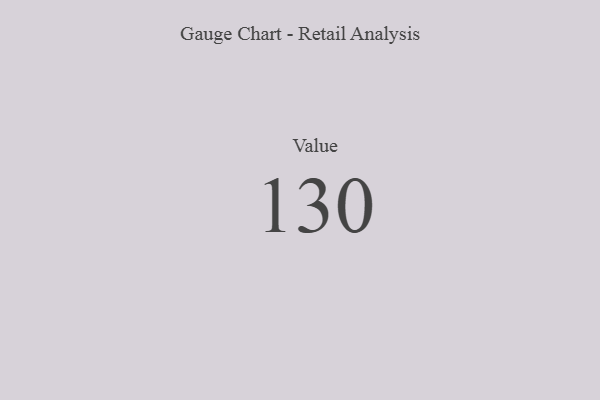
{"axis": {"x": "Metric", "y": "Value"}, "legend": [""], "data": [{"x": "Value", "y": 130, "type": ""}]}